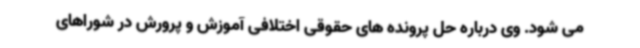
می شود. وی درباره حل پرونده های حقوقی اختلافی آموزش و پرورش در شوراهای